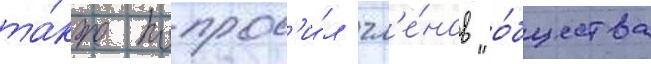
та́кже попрос'и́л чл'е́нов "о́бщества